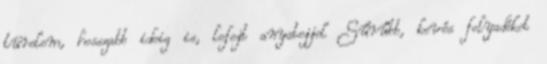
türelem, hosszabb ideig is, lefejt anyatejjel Sűrűbb, kevés folyadékot